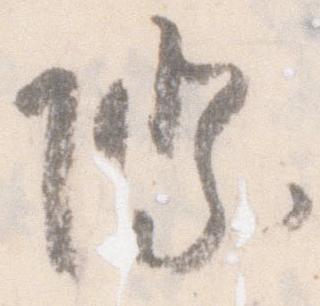
際